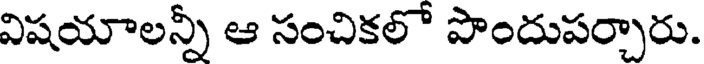
విషయాలన్నీ ఆ సంచికలో పొందుపర్చారు.